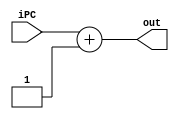
module Somador (
    input wire [7:0] iPC,
    output wire [7:0] out
);
    
    reg [7:0] pc1;
    
    always@(iPC)begin
        pc1 = iPC + 8'b00000001;
    end
  
    assign out = pc1;

endmodule